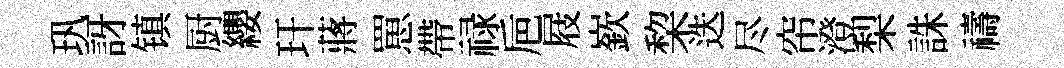
㺬訝镇厨纓玕蔣罳帶禄巵屐嶔棃迭尽帘澄梨誅禱